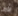
الأمن